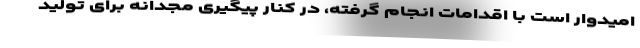
امیدوار است با اقدامات انجام گرفته، در کنار پیگیری مجدانه برای تولید